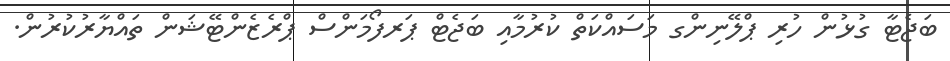
ބަޖެޓާ ގުޅުން ހުރި ޕްލޭނިންގ މަސައްކަތް ކުރުމާއި ބަޖެޓް ޕަރފޯމަންސް ޕްރެޒެންޓޭޝަން ތައްޔާރުކުރުން.